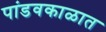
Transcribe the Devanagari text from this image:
पांडवकाळात